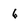
Character: 6